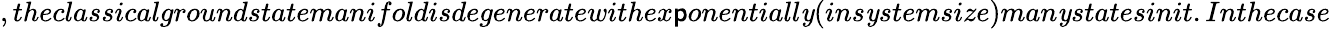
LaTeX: ,theclassicalgroundstatemanifoldisdegeneratewithex\mathsf{p}onentiall\mathit{y}(ins\mathit{y}stemsize)man\mathit{y}statesinit.Inthecase